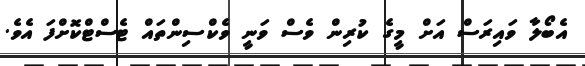
އެބޯލާ ވައިރަސް އަށް މީގެ ކުރިން ވެސް ވަނީ ވެކްސިންތައް ޓެސްޓްކޮށްފަ އެވެ.